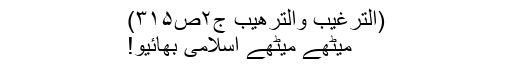
(اَلتَّرْغِیْب وَالتَّرْھِیْب ج۲ص۳۱۵)
میٹھے میٹھے اِسلامی بھائیو!